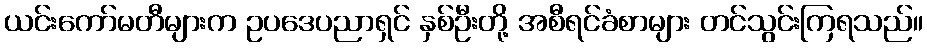
ယင်းကော်မတီများက ဥပဒေပညာရှင် နှစ်ဦးတို့ အစီရင်ခံစာများ တင်သွင်းကြရသည်။